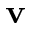
{ \bf v }